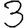
Digit: 3